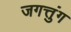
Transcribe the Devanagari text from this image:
जगत्तुंग